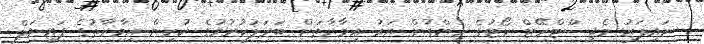
ނައިފަރު މެޖިސްޓްރޭޓް ކޯޓުގެ ހިންގުން އައު އިމާރާތަށް ބަދަލުކުރުމުގެ ކުރިން އިމާރާތުގެ ފައިނަލް